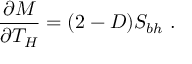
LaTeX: { \frac { \partial M } { \partial T _ { H } } } = ( 2 - D ) S _ { b h } \ .